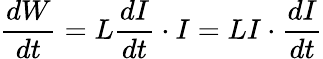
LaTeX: {\frac{dW}{dt}}=L{\frac{dI}{dt}}\cdot I=LI\cdot{\frac{dI}{dt}}